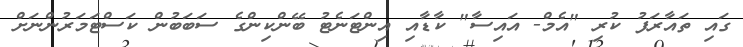
ގައި ތައާރަފު ކުރި "އެމް- އައިސާ" ކާޑާއި އިންޓަނެޓު ބޭންކިންގެ ސަބަބުން ކަސްޓަމަރުންނަށް